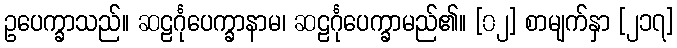
ဥပေက္ခာသည်။ ဆဠင်္ဂုပေက္ခာနာမ၊ ဆဠင်္ဂုပေက္ခာမည်၏။ [၀၂] စာမျက်နှာ [၂၁၇]